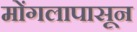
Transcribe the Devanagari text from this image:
मोंगलापासून